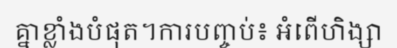
គ្នាខ្លាំងបំផុត។ការបញ្ចប់៖ អំពើហិង្សា